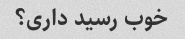
خوب رسید داری؟